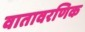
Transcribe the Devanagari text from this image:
वातावरणिक